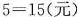
$$5 = 1 5$$(元)